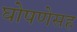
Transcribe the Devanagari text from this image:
घोषणेसह